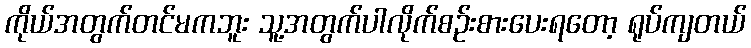
ကိုယ်အတွက်တင်မကဘူး သူ့အတွက်ပါလိုက်စဉ်းစားပေးရတော့ ရုပ်ကျတယ်